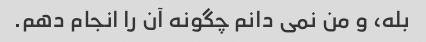
بله، و من نمی دانم چگونه آن را انجام دهم.